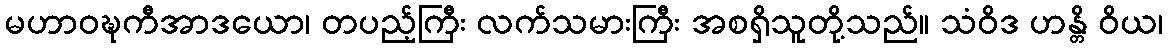
မဟာဝဍ္ဎကီအာဒယော၊ တပည့်ကြီး လက်သမားကြီး အစရှိသူတို့သည်။ သံဝိဒ ဟန္တိ ဝိယ၊